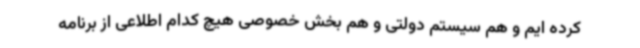
کرده ایم و هم سیستم دولتی و هم بخش خصوصی هیچ کدام اطلاعی از برنامه